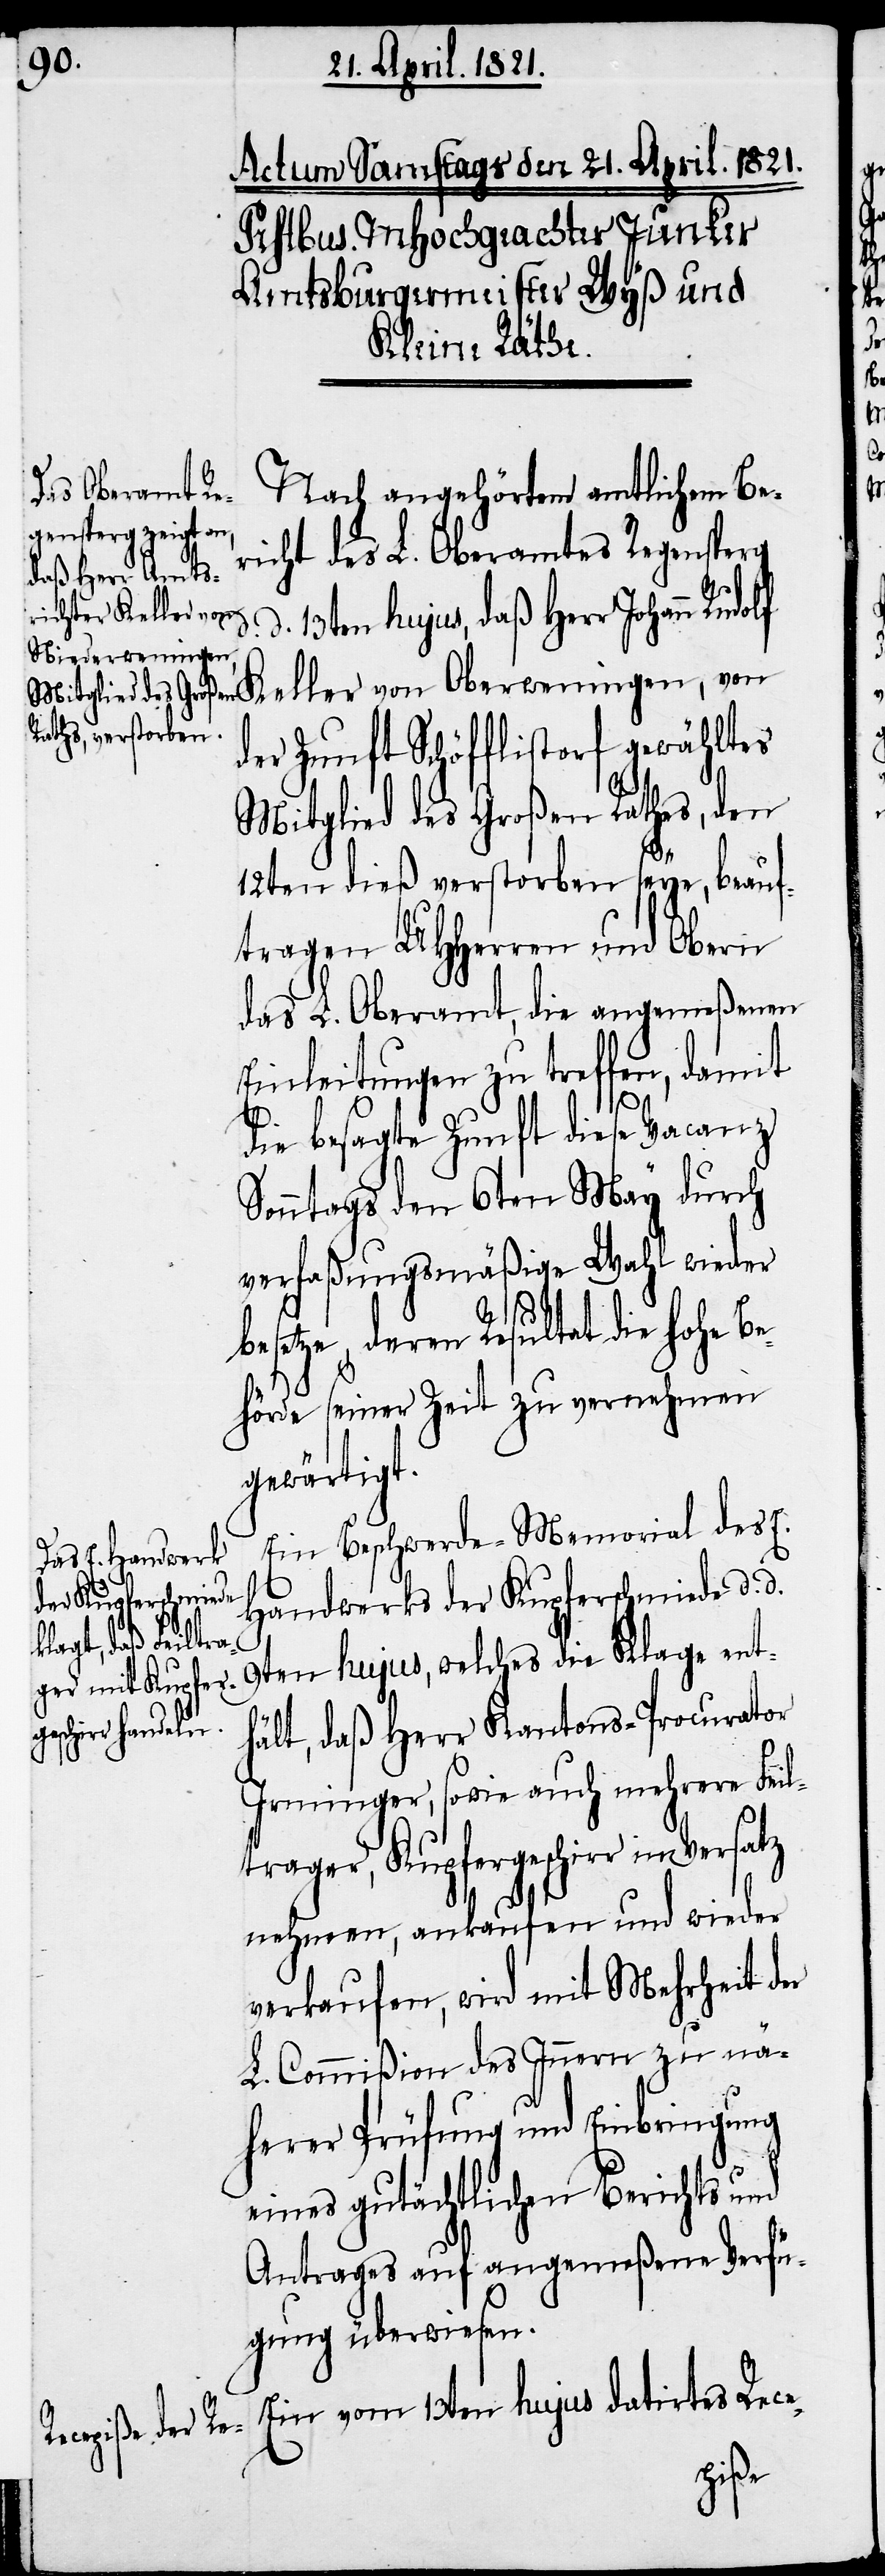
Nach angehörtem amtlichen Be¬
richt des L. Oberamtes Regensperg
13ten hujus, daß Herr Johann Rudo¬
d¬
Keller von Oberweningen, von
er Zunft Schöfflistorf gewähltes
Mitglied des Großen Rathes, den
12ten dieß verstorben seye, beauf¬
tragen UHHerren und Obern
das L. Oberamt, die angemeßenen
Einleitungen zu treffen, damit
die besagte Zunft diese Vacanz
Sonntags den 6ten May durch
verfaßungsmäßige Wahl wieder
besetze, deren Resultat die hohe Be¬
hörde seiner Zeit zu vernehmen
gewärtigt.
Ein Beschwerde-Memorial des E.
Handwerks der Kupferschmiede d. d.
9ten hujus, welches die Klage ent¬
hält, daß Herr Kantons-Procurator
Irminger, sowie auch mehrere Feil¬
trager, Kupfergeschirr in Versatz
nehmen, ankaufen und wieder
verkaufen, wird mit Mehrheit der
L. Commißion des Innern zu nä¬
herer Prüfung und Einbringung
eines gutächtlichen Berichts und
Antrages auf angemeßene Verfü¬
gung überwiesen.
Ein vom 13ten hujus datirtes Rece-